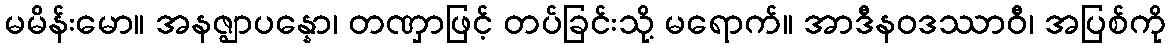
မမိန်းမော။ အနဇ္ဈာပန္နော၊ တဏှာဖြင့် တပ်ခြင်းသို့ မရောက်။ အာဒီနဝဒဿာဝီ၊ အပြစ်ကို